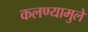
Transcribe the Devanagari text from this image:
कलण्यामुले